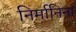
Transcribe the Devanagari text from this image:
निर्मानिनां